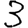
Digit: 3